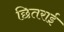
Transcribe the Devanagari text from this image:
छितराई